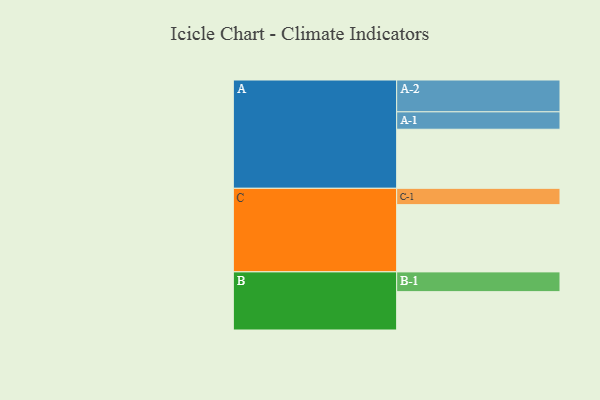
{"axis": {"x": "Segment", "y": "Value"}, "legend": ["", "A", "B", "C"], "data": [{"x": "A", "y": 499, "type": ""}, {"x": "B", "y": 324, "type": ""}, {"x": "C", "y": 568, "type": ""}, {"x": "A-1", "y": 147, "type": "A"}, {"x": "A-2", "y": 269, "type": "A"}, {"x": "B-1", "y": 167, "type": "B"}, {"x": "C-1", "y": 138, "type": "C"}]}